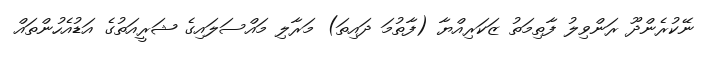
ނޭކުރެންދޫ ރަންވިލު ފާތިމަތު ޒަކަރިއްޔާ (ފާތުމަ ދައިތަ) މަރާލި މައްސަލައިގެ ޝަރީއަތުގެ އަޑުއެހުންތައް